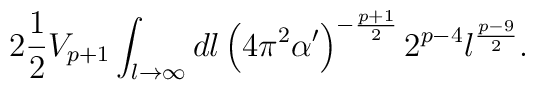
2\frac{1}{2} V_{p+1}\int_{l\to \infty} dl\left( 4\pi^2\alpha^\prime\right)^{-\frac{p+1}{2}} 2^{p-4} l^{\frac{p-9}{2}} .